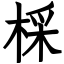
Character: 棌